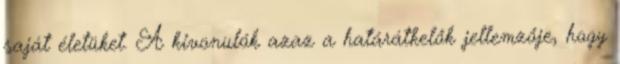
saját életüket. A kivonulók azaz a határátkelők jellemzője, hogy